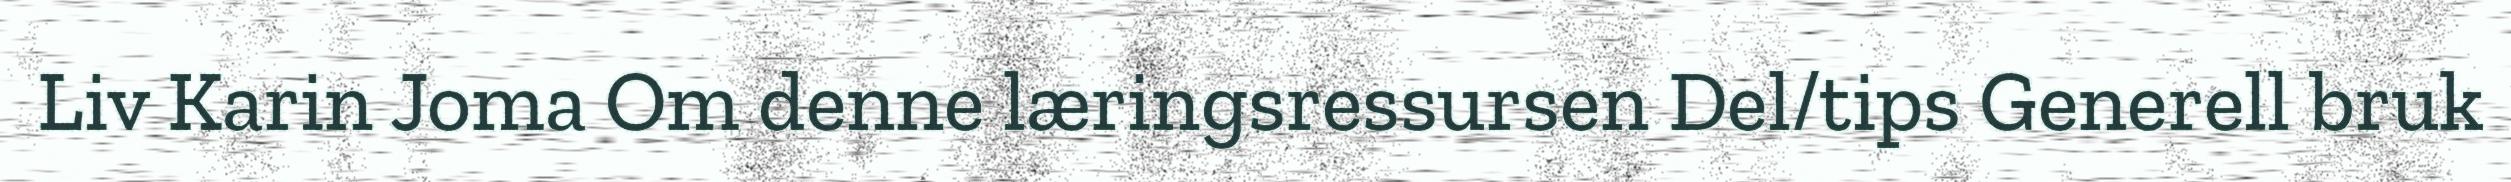
Liv Karin Joma Om denne læringsressursen Del/tips Generell bruk